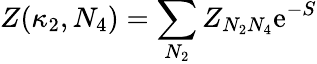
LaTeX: Z(\kappa_{2},N_{4})=\sum_{N_{2}}Z_{N_{2}N_{4}}\mathrm{e}^{-S}